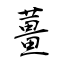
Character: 薑